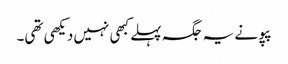
پپو نے یہ جگہ پہلے کبھی نہیں دیکھی تھی۔